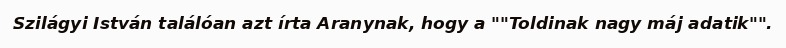
Szilágyi István találóan azt írta Aranynak, hogy a ""Toldinak nagy máj adatik"".